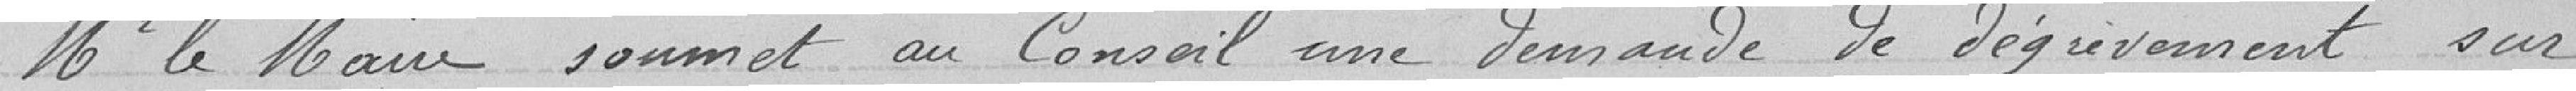
Mr le Maire soumet une demande de dégrèvement sur